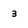
Character: 3